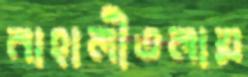
নাহালীতলায়